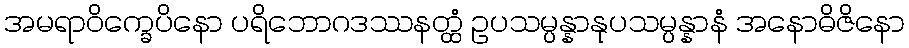
အမရာဝိက္ခေပိနော ပရိဘောဂဒဿနတ္ထံ ဥပသမ္ပန္နာနုပသမ္ပန္နာနံ အနောဓိဇိနော